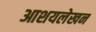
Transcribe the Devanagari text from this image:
आशयलेखन